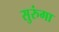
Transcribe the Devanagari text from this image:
सुरुंगा